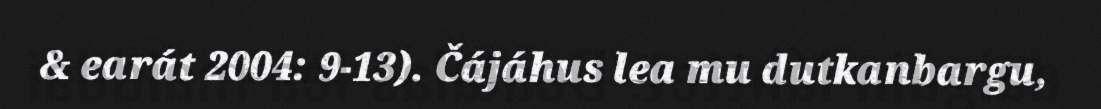
& earát 2004: 9−13). Čájáhus lea mu dutkanbargu,